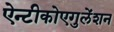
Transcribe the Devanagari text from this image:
ऐन्टीकोएगुलेंशन